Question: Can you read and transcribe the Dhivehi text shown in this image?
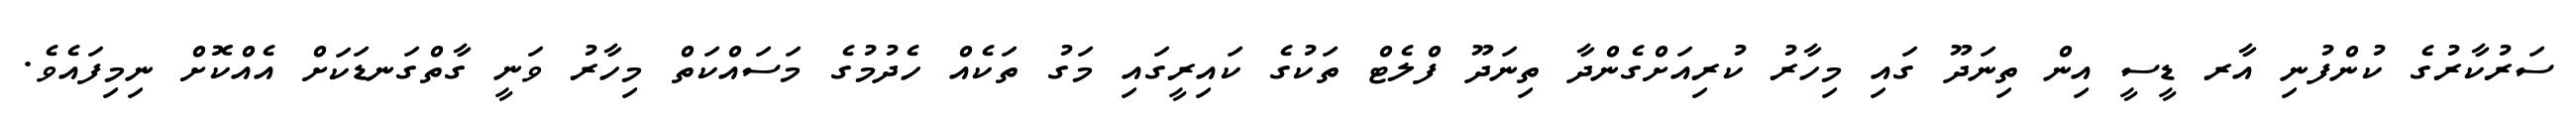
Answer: ސަރުކާރުގެ ކުންފުނި އާރ ޑީސީ އިން ތިނަދޫ ގައި މިހާރު ކުރިއަށްގެންދާ ތިނަދޫ ފްލެޓް ތަކުގެ ކައިރީގައި މަގު ތަކެއް ހެދުމުގެ މަސައްކަތް މިހާރު ވަނީ ގާތްގަނޑަކަށް އެއްކޮށް ނިމިފައެވެ.